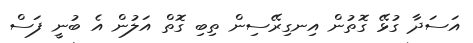
އަސަދާ ގުޅޭ ގޮތުން އިނގިރޭސިން ތިބި ގޮތް އަލުން އެ ބުނީ ފަސް